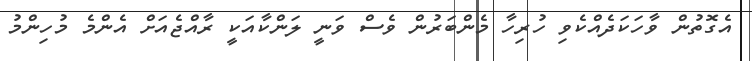
އެގޮތުން ވާހަކަދެއްކެވި ހުރިހާ މެންބަރުން ވެސް ވަނީ ލަންކާއަކީ ރާއްޖެއަށް އެންމެ މުހިންމު